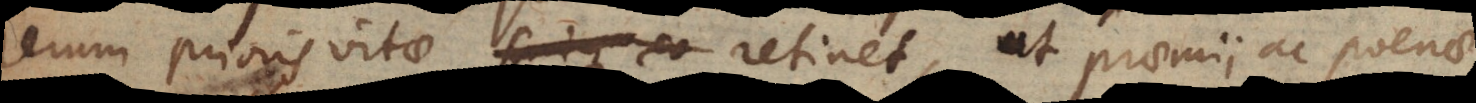
erum prioris vitae retinet, ut praemii ac poenae